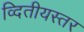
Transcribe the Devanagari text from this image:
व्दितीयस्तर